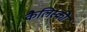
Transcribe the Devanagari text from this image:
कैलिस्की